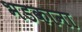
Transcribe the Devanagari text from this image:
भडकाना